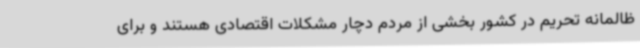
ظالمانه تحریم در کشور بخشی از مردم دچار مشکلات اقتصادی هستند و برای